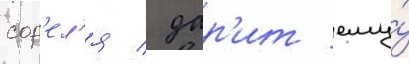
сор'ел'я / дар'ит ему́